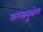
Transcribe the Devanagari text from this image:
करनानुयोग